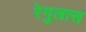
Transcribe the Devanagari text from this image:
रेगुलास